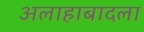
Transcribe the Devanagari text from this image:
अलाहाबादला